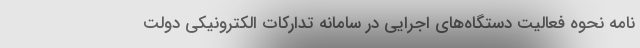
نامه نحوه فعالیت دستگاه‌های اجرایی در سامانه تدارکات الکترونیکی دولت